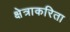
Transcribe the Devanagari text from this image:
क्षेत्राकरिता